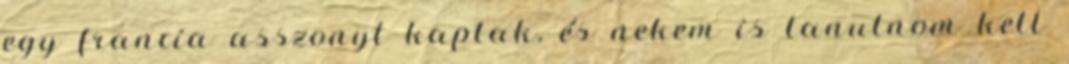
egy francia asszonyt kaptak, és nekem is tanulnom kell